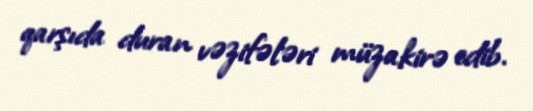
qarşıda duran vəzifələri müzakirə edib.